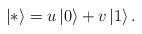
LaTeX: \begin{align*}\left| * \right> = u\left| 0 \right> + v\left| 1 \right>.\end{align*}